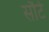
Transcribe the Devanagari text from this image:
सौर्ट